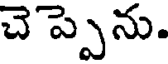
చెప్పెను.